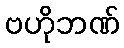
ဗဟိုဘဏ်